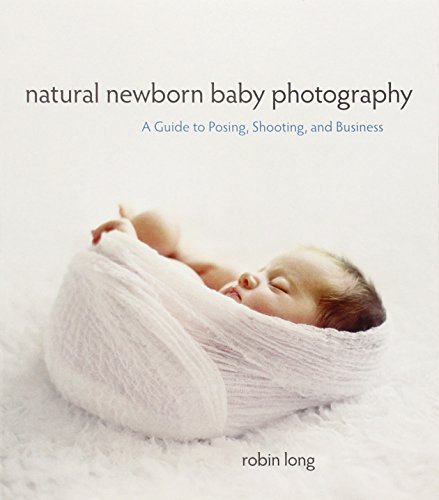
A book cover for Natural Newborn Baby Photography: A Guide to Posing, Shooting, and Business; Robin Long; Arts & Photography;